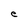
Character: e